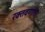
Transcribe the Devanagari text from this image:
रक्तवर्णात